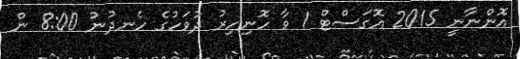
އޮންނާނީ 2015 އޮގަސްޓް 1 ވާ ހޮނިހިރު ދުވަހުގެ ހެނދުނު 8:00 ން